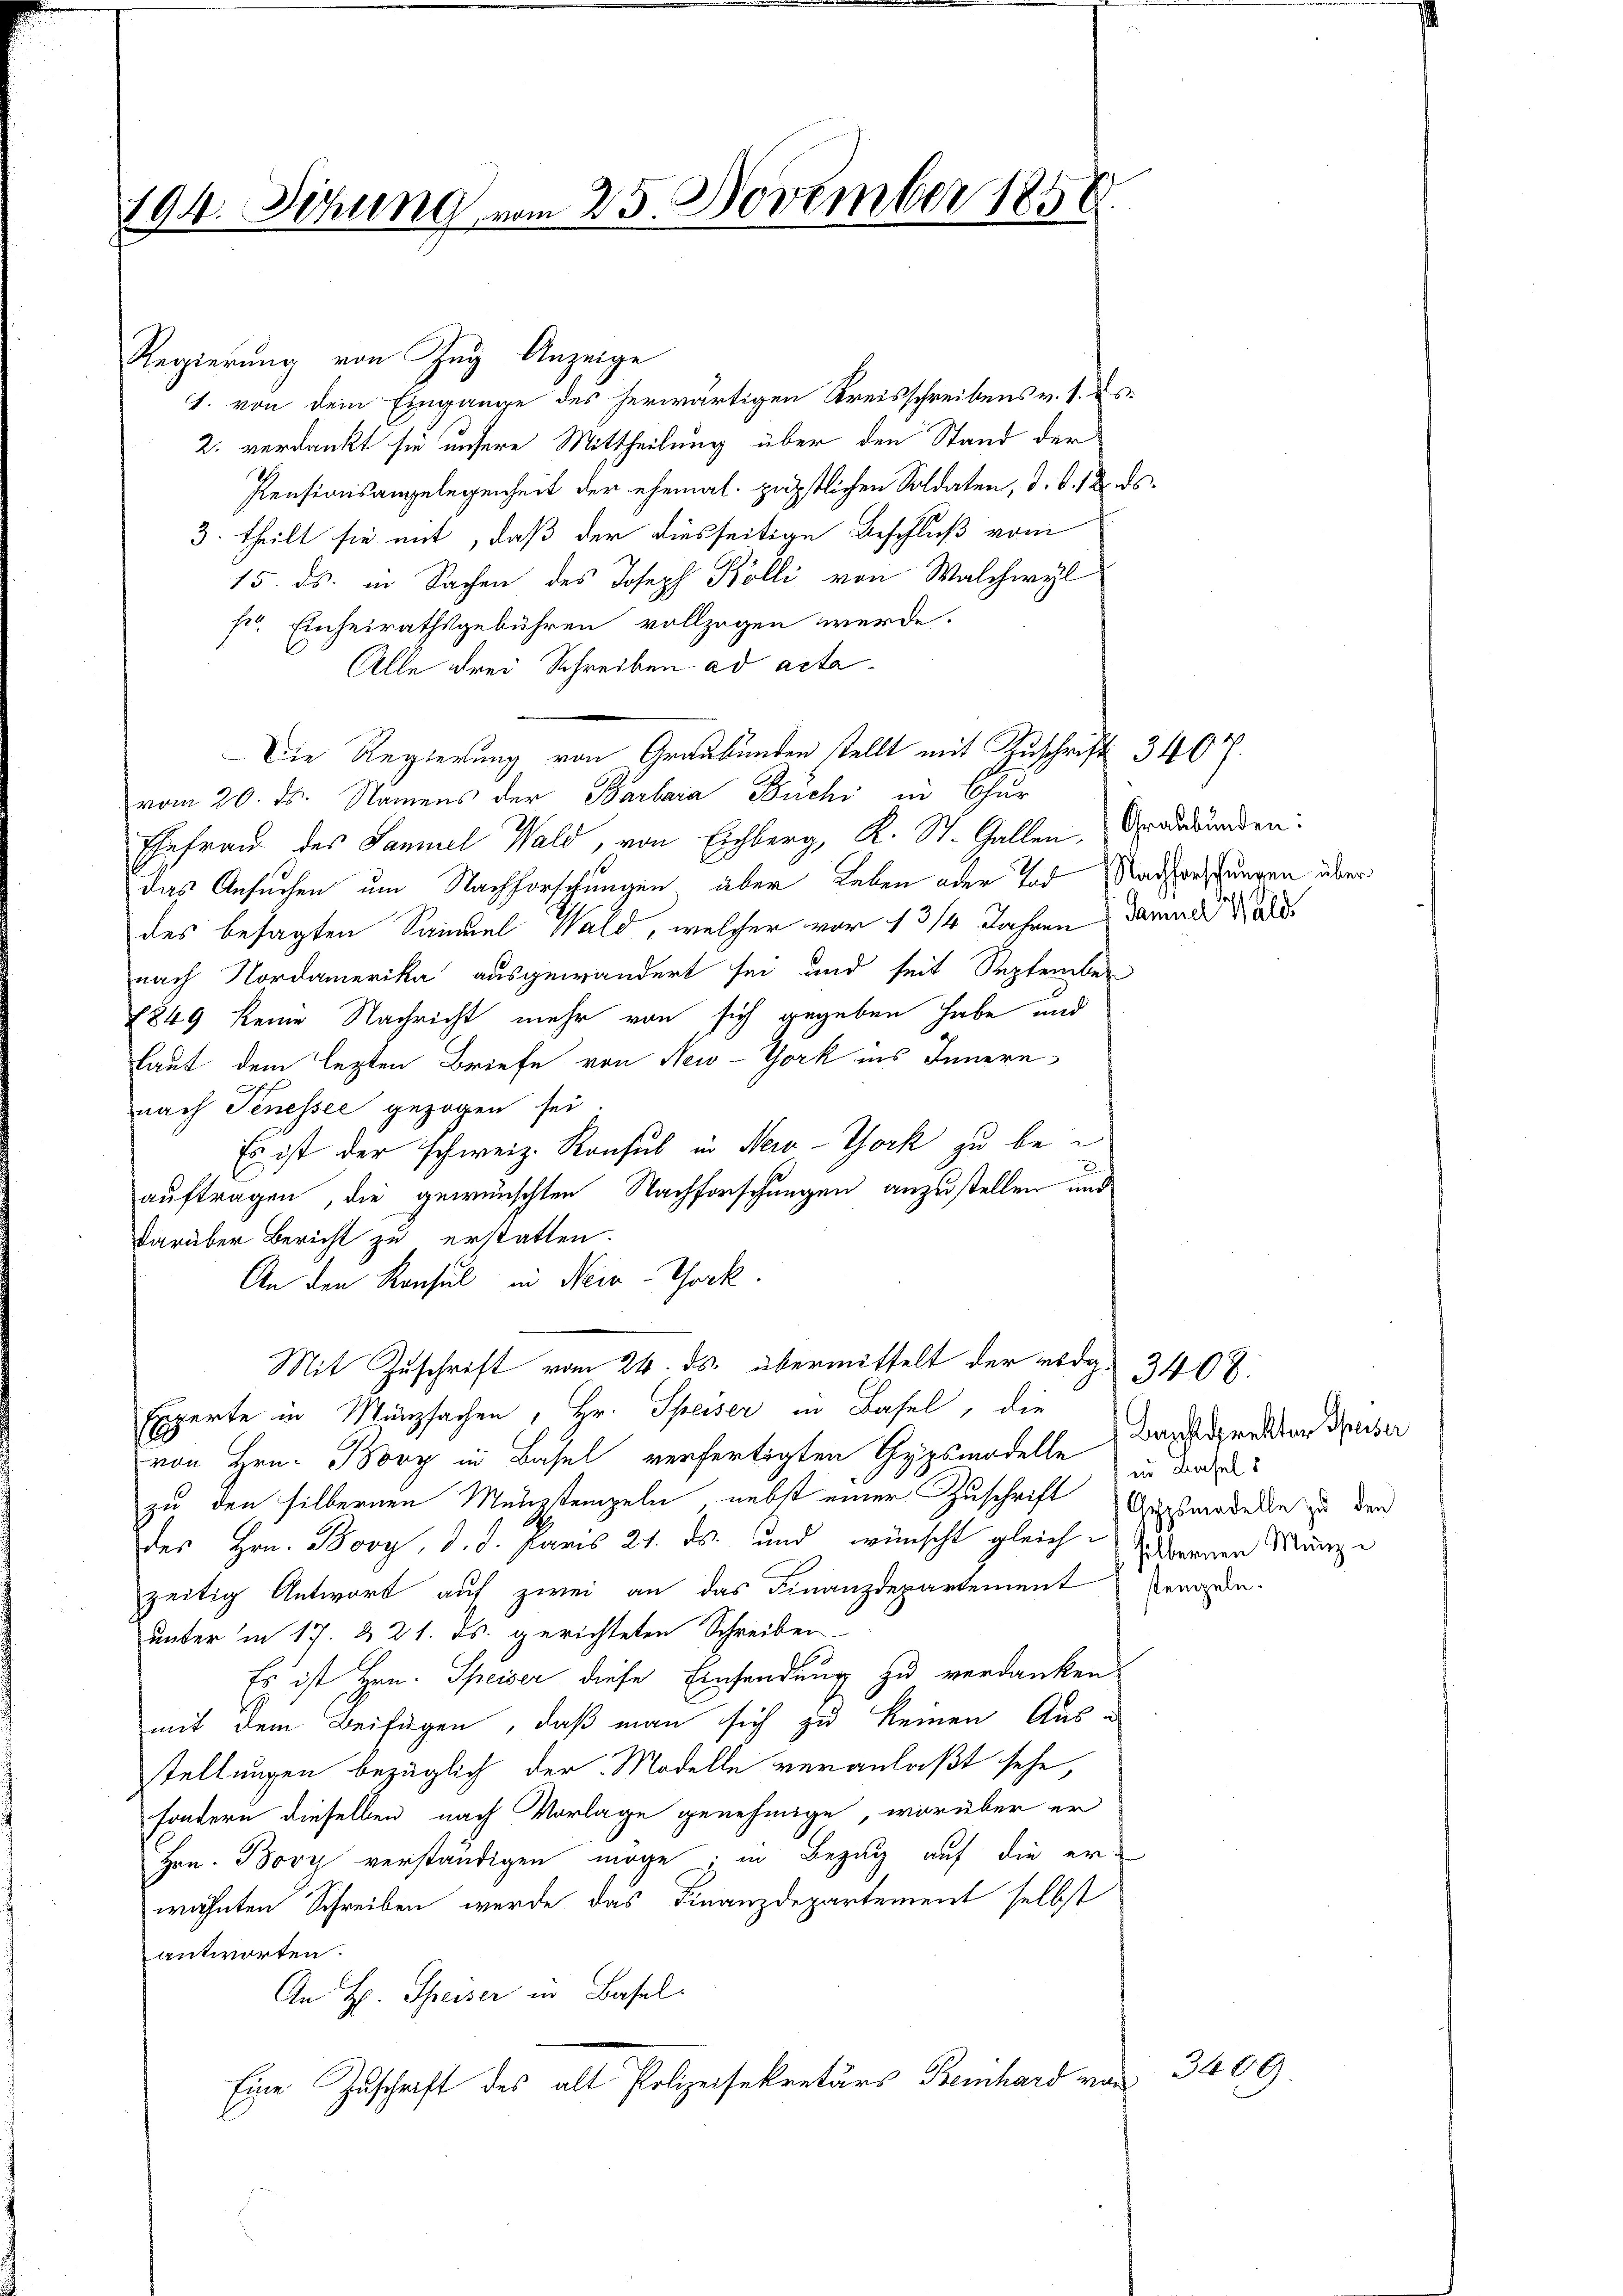
194. Dezung vom 25. November 1858.

Regierung von Zŭg Anzeige
1. von dem Eingange des herwärtigen Kreisschreibens v. 1. ds.
2. verdankt sie unsere Mittheilung über den Stand der
Pensionsangelegenheit der ehemal. päpstlichen Soldaten, d. d. 12. ds.
3. theilt sie mit, daß der diesseitige Beschluß vom
15. ds. in Sachen des Joseph Kolli von Walchwyl
s. Einheirathsgebühren vollzogen werde.
Alle drei Schreiben ad acta.
Die Regierung von Graubünden stellt mit Zuschrift 3407.
vom 20. ds. Namens der Barbara Büchi in Chur
Ehefrau des Samuel Wald, von Eichberg, K. St. Gallen, Graubünden:
das Ansuchen um Nachforschungen aber Leben oder Tod Sacherschungen über
des besagten Samuel Wald, welcher vor 13/4 Jahren damali
nach Nordamerika ausgewandert sei und seit September
1849 keine Nachricht mehr von sich gegeben habe und
laut dem lezten Briefe von New-York ins Innern
nach Tenessee gezogen sei.
Es ist der schweiz. Konsul in New-York zu beauftragen, die gewünschten Nachforschungen anzustellen und
darüber Bericht zu erstatten.
An den Konsul in Nein-Thock.
Mit Zuschrift vom 24. ds. übermittelt der erde¬
Experte in Münzsachen, Hr. Speiser in Basel, die
von Hrn. Boy in Basel verfertigten Gypsmodelle Bandprediton Speiser
zu den silbernen Menzstempeln, nebst einer Zuschrift Geschwadellen zu den
des Hrn. Bovy, d. d. Paris 21. ds. und wünscht gleich abernen Mänge
zeitig Antwort auf zwei an das Finanzdepartement engede
unter in 17. & 21. ds. gerichteten Schreiben
Es ist Hrn. Speiser diese Einsendung zu verdanken
mit dem Beifügen, daß man sich zu keinen Ausstellungen bezüglich der Modelle veranlaßt sehe,
sondern dieselben nach Vorlage genehmige, worüber er
Hrn. Boy verständigen möge; in Bezug auf die er-
wähnten Schreiben werde, das Finanzdepartement selbst
antworten.
An H. Speiser in Basel-
Eine Zuschrift des alt Polizeisekretärs Beinhard von

3408.
in Basels

3609.